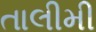
તાલીમી